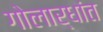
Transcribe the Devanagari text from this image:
गोलार्धांत